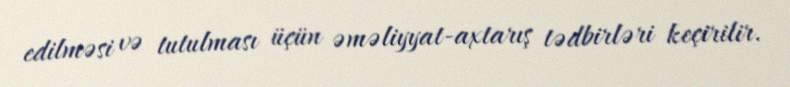
edilməsi və tutulması üçün əməliyyat-axtarış tədbirləri keçirilir.